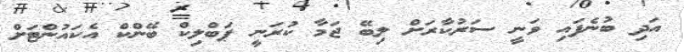
އަދި ބުނެފައި ވަނީ ސަރުކާރަށް ލިބޭ ޖަމާ ކުރަނީ ޕަބްލިކް ބޭންކް އެކައުންޓަށް